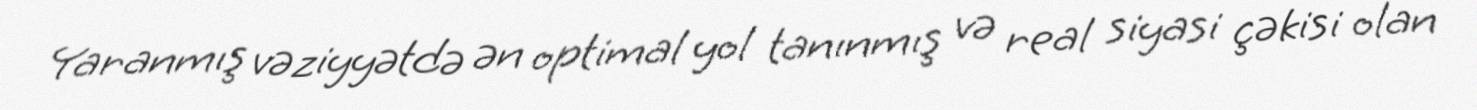
Yaranmış vəziyyətdə ən optimal yol tanınmış və real siyasi çəkisi olan